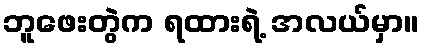
ဘူဖေးတွဲက ရထားရဲ့ အလယ်မှာ။